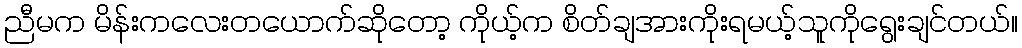
ညီမက မိန်းကလေးတယောက်ဆိုတော့ ကိုယ့်က စိတ်ချအားကိုးရမယ့်သူကိုရွေးချင်တယ်။